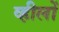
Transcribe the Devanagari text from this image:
व्हीलों